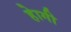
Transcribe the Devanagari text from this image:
हेागी